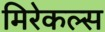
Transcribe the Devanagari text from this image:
मिरेकल्स